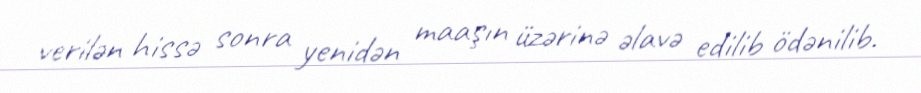
verilən hissə sonra yenidən maaşın üzərinə əlavə edilib ödənilib.